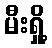
မီးရှို့